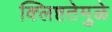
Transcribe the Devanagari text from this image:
क्लिष्टतेमुळे